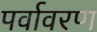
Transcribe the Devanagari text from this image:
पर्वावरण